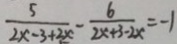
\frac { 5 } { 2 x - 3 + 2 x } - \frac { 6 } { 2 x + 3 - 2 x } = - 1